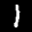
Digit: 7